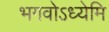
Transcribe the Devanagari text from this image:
भगवोऽध्येमि